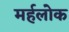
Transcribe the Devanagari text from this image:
मर्हलोक